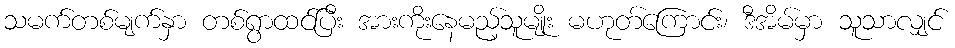
သမက်တစ်မျက်နှာ တစ်ရွာထင်ပြီး အားကိုးနေမည့်သူမျိုး မဟုတ်ကြောင်း၊ ဒီအိမ်မှာ သူသာလျှင်